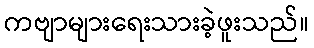
ကဗျာများရေးသားခဲ့ဖူးသည်။